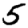
Digit: 5